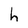
Character: h